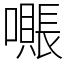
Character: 𫬖